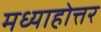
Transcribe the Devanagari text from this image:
मध्याहोत्तर